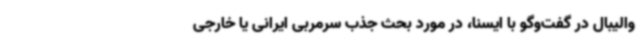
والیبال در گفت‌وگو با ایسنا، در مورد بحث جذب سرمربی ایرانی یا خارجی